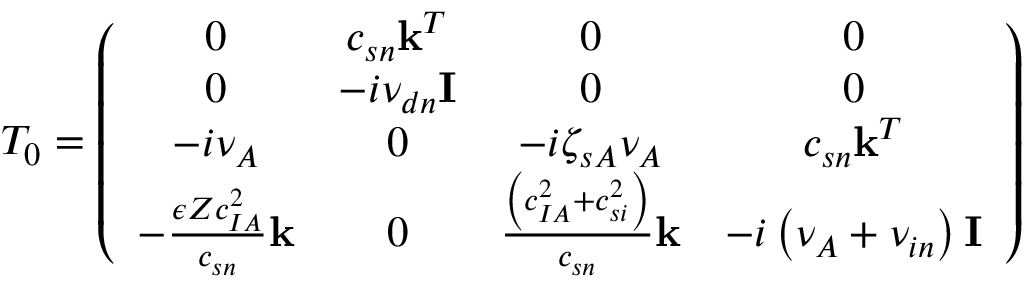
T _ { 0 } = \left( \begin{array} { c c c c } { 0 } & { c _ { { s n } } \mathbf { k } ^ { T } } & { 0 } & { 0 } \\ { 0 } & { - i \nu _ { { d n } } \mathbf { I } } & { 0 } & { 0 } \\ { - i \nu _ { { A } } } & { 0 } & { - i \zeta _ { s A } { \nu _ { A } } } & { c _ { { s n } } \mathbf { k } ^ { T } } \\ { - \frac { \epsilon Z c _ { { I A } } ^ { 2 } } { c _ { { s n } } } \mathbf { k } } & { 0 } & { \frac { \left( c _ { { I A } } ^ { 2 } + c _ { { s i } } ^ { 2 } \right) } { c _ { { s n } } } \mathbf { k } } & { - i \left( { \nu _ { A } } + { \nu _ { i n } } \right) \mathbf { I } } \end{array} \right)